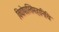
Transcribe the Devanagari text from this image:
विद्योपास्तिमहानिधि